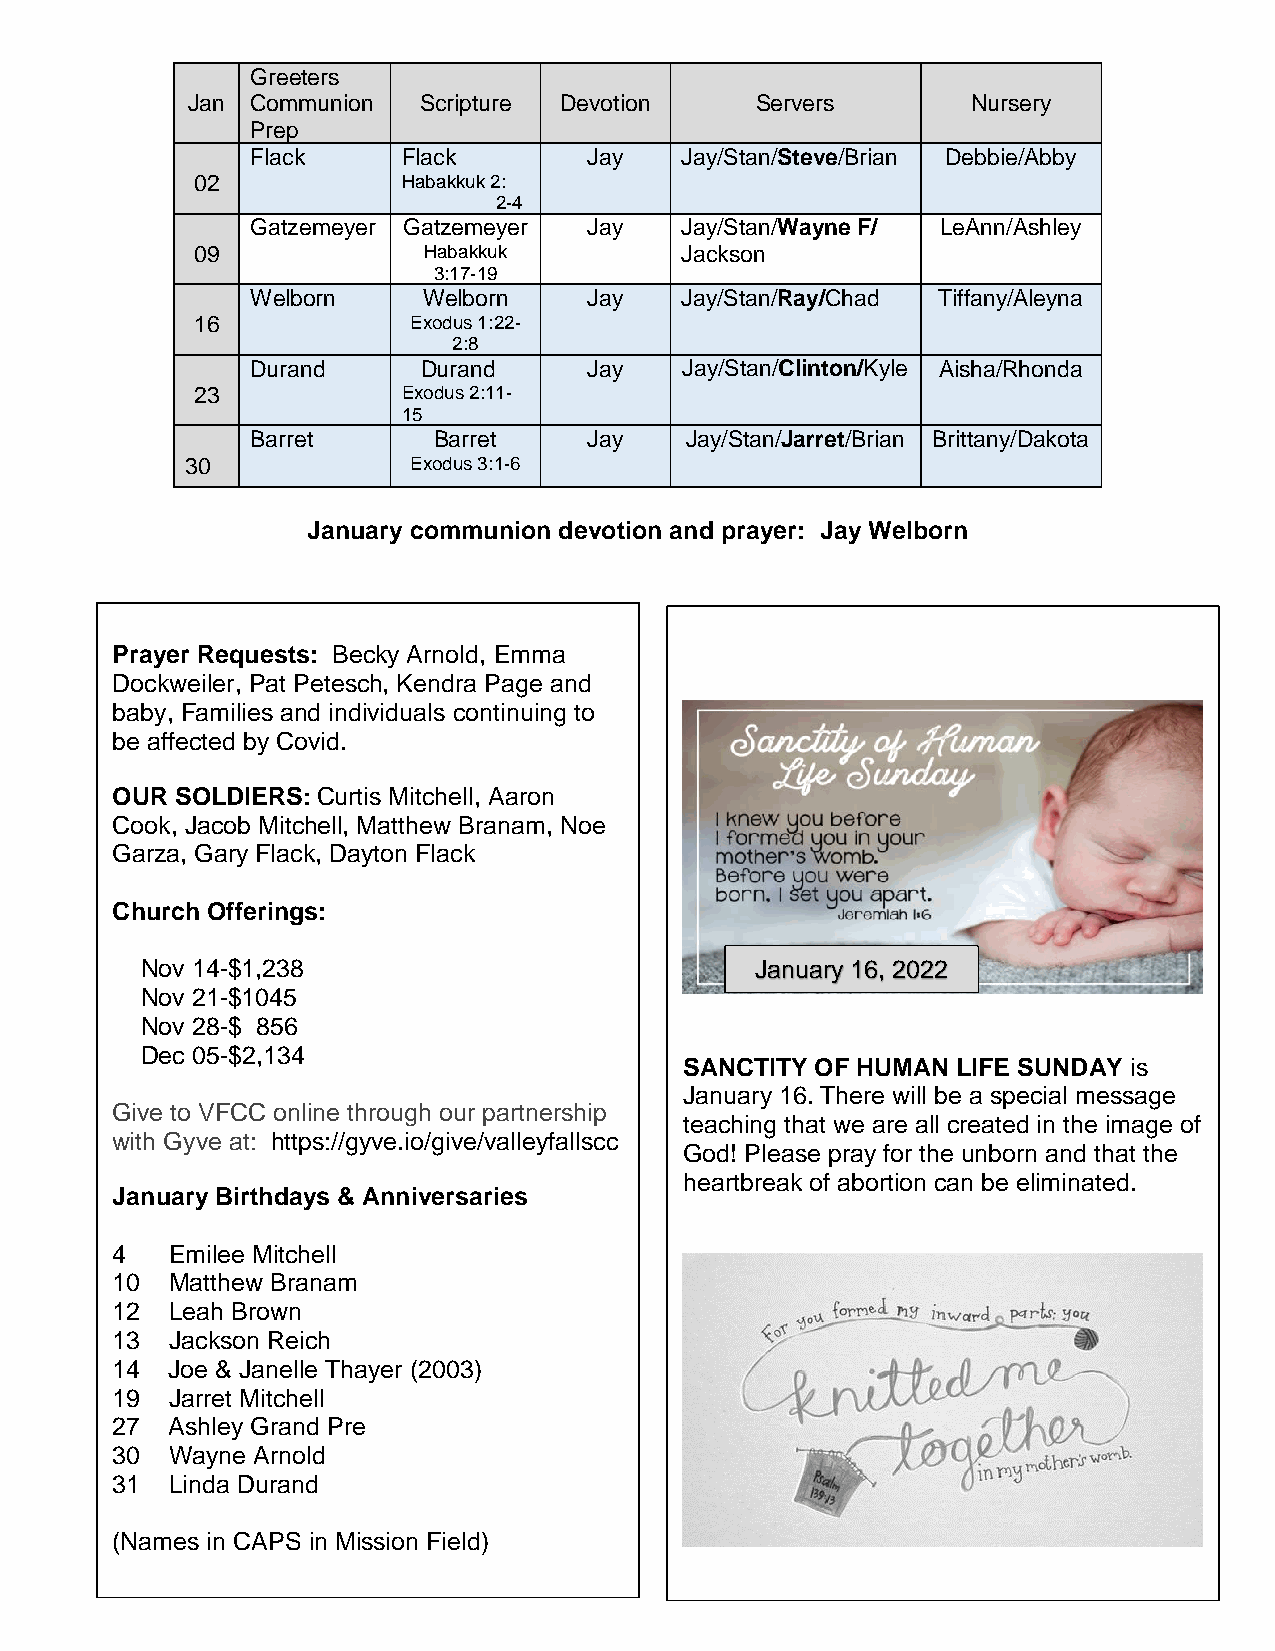
Greeters
 Jan  Communion  Scripture Devotion    Servers       Nursery
 Prep
 Flack     Flack       Jay   Jay/Stan/Steve/Brian Debbie/Abby
 02            Habakkuk 2:
 2-4
 Gatzemeyer Gatzemeyer Jay   Jay/Stan/Wayne F/ LeAnn/Ashley
 09             Habakkuk         Jackson
 3:17-19
 Welborn    Welborn    Jay   Jay/Stan/Ray/Chad Tiffany/Aleyna
 16            Exodus 1:22-
 2:8
 Durand     Durand     Jay   Jay/Stan/Clinton/Kyle Aisha/Rhonda
 23            Exodus 2:11-
 15
 Barret      Barret    Jay   Jay/Stan/Jarret/Brian Brittany/Dakota
 30             Exodus 3:1-6
 January communion devotion and prayer: Jay Welborn
 Prayer Requests: Becky Arnold, Emma
 Dockweiler, Pat Petesch, Kendra Page and
 baby, Families and individuals continuing to
 be affected by Covid.
 OUR  SOLDIERS: Curtis Mitchell, Aaron
 Cook, Jacob Mitchell, Matthew Branam, Noe
 Garza, Gary Flack, Dayton Flack
 Church Offerings:
 Nov 14-$1,238                            January 16, 2022
 Nov 21-$1045
 Nov 28-$ 856
 Dec 05-$2,134
 SANCTITY OF HUMAN LIFE SUNDAY is
 January 16. There will be a special message
 Give to VFCC online through our partnership
 teaching that we are all created in the image of
 with Gyve at: https://gyve.io/give/valleyfallscc
 God! Please pray for the unborn and that the
 heartbreak of abortion can be eliminated.
 J anuary Birthdays & Anniversaries
 4   Emilee Mitchell
 1 0 Matthew Branam
 1 2 Leah Brown
 1 3 Jackson Reich
 1 4 Joe & Janelle Thayer (2003)
 1 9 Jarret Mitchell
 2 7 Ashley Grand Pre
 3 0 Wayne Arnold
 3 1 Linda Durand
 ( Names in CAPS in Mission Field)